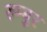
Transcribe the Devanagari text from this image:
रुम्बुर